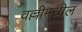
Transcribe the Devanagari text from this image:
वल्लीमधील